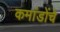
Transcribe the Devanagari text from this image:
कमांडोंचे